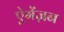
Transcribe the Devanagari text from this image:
ऐमेंज़न